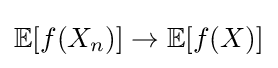
\mathbb {E} [f(X_{n})]\to \mathbb {E} [f(X)]